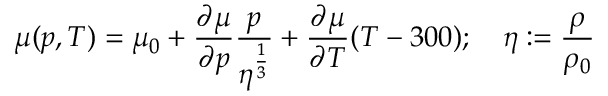
\mu ( p , T ) = \mu _ { 0 } + { \frac { \partial \mu } { \partial p } } { \frac { p } { \eta ^ { \frac { 1 } { 3 } } } } + { \frac { \partial \mu } { \partial T } } ( T - 3 0 0 ) ; \quad \eta : = { \frac { \rho } { \rho _ { 0 } } }